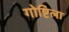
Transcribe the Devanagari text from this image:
गोष्टिला